Statistics compiled by the Government of India from the reports of provincial Civil Veterinary Departments
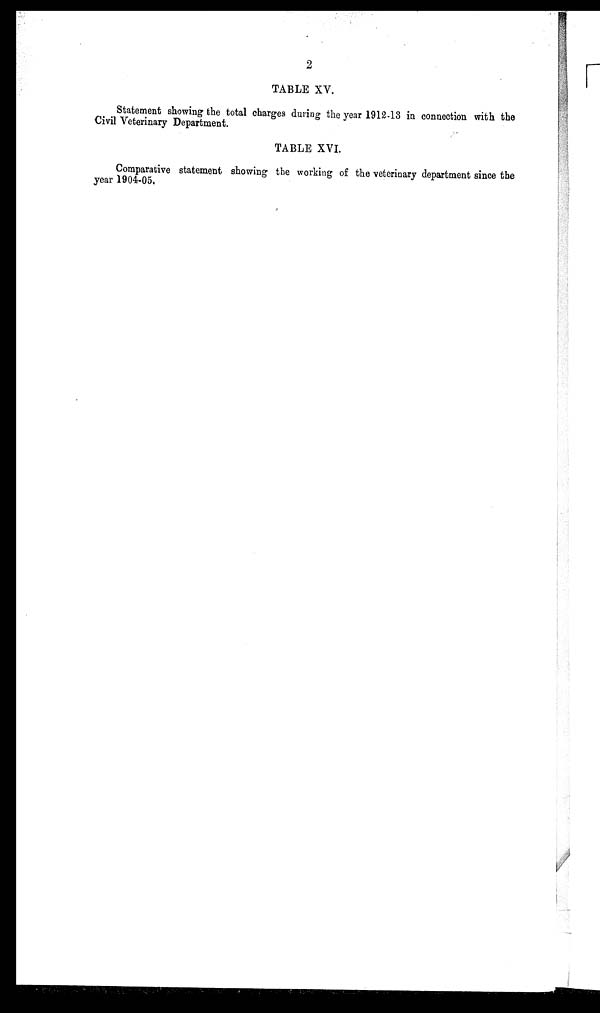
2
TABLE XV.
Statement showing the total charges during the year 1912-13 in connection with the
Civil Veterinary Department.
TABLE XVI.
Comparative statement showing the working of the veterinary department since the
year 1904-05.